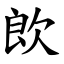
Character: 欴